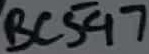
Text: BC547